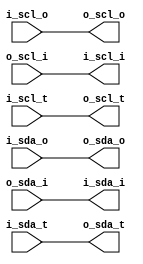
module i2c_shim
(
    // Between the module and the shim
    input  i_scl_o,
    output i_scl_i,
    input  i_scl_t,

    input  i_sda_o,
    output i_sda_i,
    input  i_sda_t,

    // Between the shim and the IOBUF
    
    (* X_INTERFACE_INFO = "xilinx.com:interface:iic_rtl:1.0 IIC scl_o" *)
    output  o_scl_o,

    (* X_INTERFACE_INFO = "xilinx.com:interface:iic_rtl:1.0 IIC scl_i" *)
    input   o_scl_i,

    (* X_INTERFACE_INFO = "xilinx.com:interface:iic_rtl:1.0 IIC scl_t" *)   
    output  o_scl_t,

    (* X_INTERFACE_INFO = "xilinx.com:interface:iic_rtl:1.0 IIC sda_o" *)
    output o_sda_o,

    (* X_INTERFACE_INFO = "xilinx.com:interface:iic_rtl:1.0 IIC sda_i" *)
    input  o_sda_i,
  
    (* X_INTERFACE_INFO = "xilinx.com:interface:iic_rtl:1.0 IIC sda_t" *)  
    output o_sda_t
);


   

assign i_scl_i = o_scl_i;
assign i_sda_i = o_sda_i;
assign o_scl_o = i_scl_o;
assign o_scl_t = i_scl_t;
assign o_sda_o = i_sda_o;
assign o_sda_t = i_sda_t;

endmodule